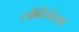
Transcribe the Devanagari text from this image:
स्त्रीबीजोत्सर्ग